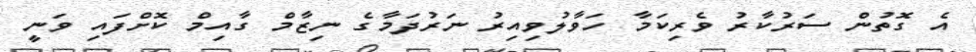
އެ ގޮތުން ސަރުކާރު ވެރިކަމާ ހަވާލުވިއިރު ނަރުދަމާގެ ނިޒާމް ގާއިމް ކޮށްފައި ވަނީ